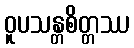
ဝူပသန္တစိတ္တဿ